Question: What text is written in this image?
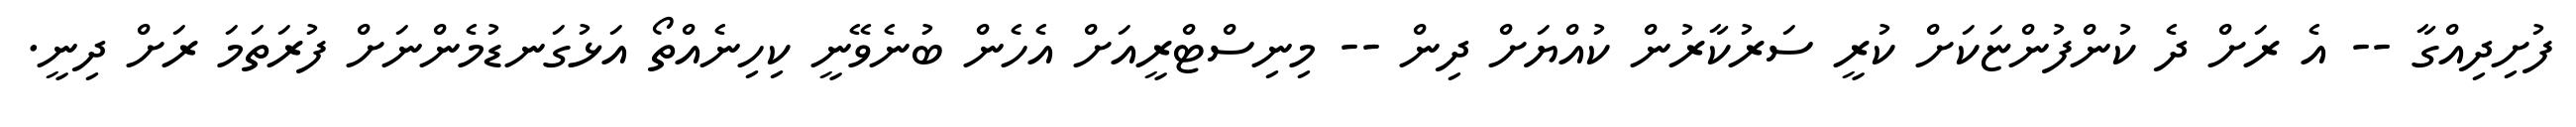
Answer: ފުށިދިއްގާ -- އެ ރަށް ދެ ކުންފުންޏަކަށް ކުރީ ސަރުކާރުން ކުއްޔަށް ދިން -- މިނިސްޓްރީއަށް އެހެން ބުނެވޭނީ ކިހިނެއްތޯ އަޅުގަނޑުމެންނަށް ފުރަތަމަ ރަށް ދިނީ.